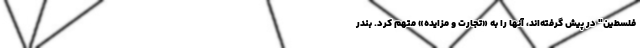
فلسطین" در پیش گرفته‌اند، آنها را به «تجارت و مزایده» متهم کرد. بندر